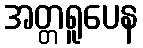
အတ္တရူပေန